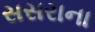
સસરાના